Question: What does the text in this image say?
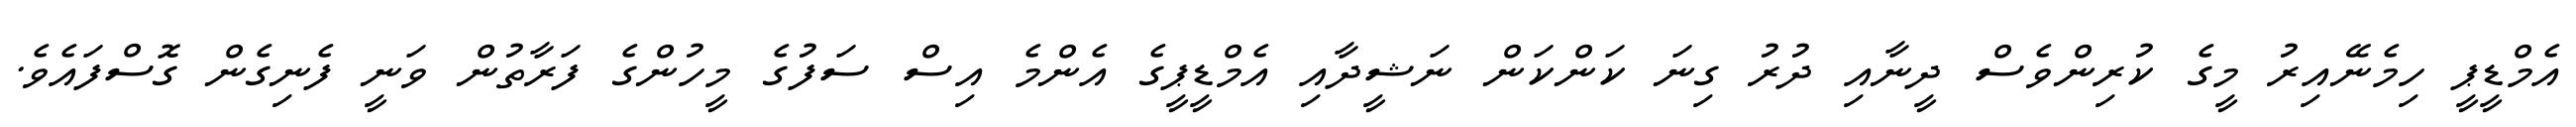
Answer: އެމްޑީޕީ ހިމެނޭއިރު މީގެ ކުރިންވެސް ދީނާއި ދުރު ގިނަ ކަންކަން ނަޝީދާއި އެމްޑީޕީގެ އެންމެ އިސް ސަފުގެ މީހުންގެ ފަރާތުން ވަނީ ފެނިގެން ގޮސްފައެވެ.